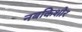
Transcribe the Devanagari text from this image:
नबकिशोर